Indian journal of veterinary science and animal husbandry - Volume 6,
Year: 1936
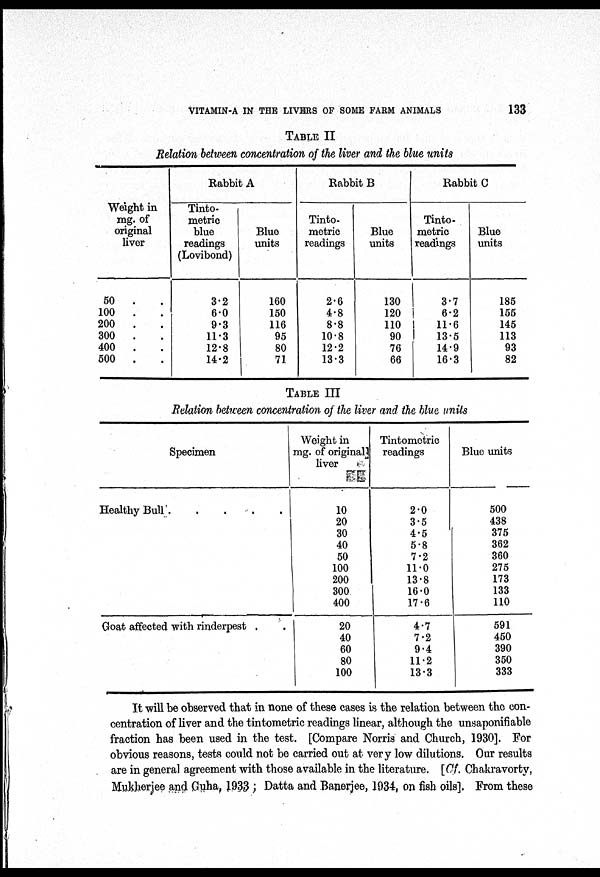
VITAMIN-A IN THE LIVERS OF SOME FARM ANIMALS
133
TABLE II
Relation between concentration of the liver and the blue units
Weight in
mg. of
original
liver
50 . .
100 . .
200 . .
300 . .
400 . .
500 . .
Rabbit A
Tinto-
metric
blue
readings
(Lovibond)
3.2
6.0
9.3
11.3
12.8
14.2
Blue
units
160
150
116
95
80
71
Rabbit B
Tinto¬
metric
readings
2.6
4.8
8.8
10.8
12.2
13.3
Blue
units
130
120
110
90
76
66
Rabbit C
Tinto-
metric
readings
3.7
6.2
11.6
13.5
14.9
16.3
Blue
units
185
155
145
113
93
82
TABLE III
Relation between concentration of the liver and the blue units
Specimen
Healthy Bull
.
.
.
.
.
Goat affected with rinderpest . .
Weight in
mg. of original
liver
10
20
30
40
50
100
200
300
400
20
40
60
80
100
Tintometric
readings
2.0
3.5
4.5
5.8
7.2
11.0
13.8
16.0
17.6
4.7
7.2
9.4
11.2
13.3
Blue units
500
438
375
362
360
275
173
133
110
591
450
390
350
333
It will be observed that in none of these cases is the relation between the con-
centration of liver and the tintometric readings linear, although the unsaponifiable
fraction has been used in the test. [Compare Norris and Church, 1930]. For
obvious reasons, tests could not be carried out at very low dilutions. Our results
are in general agreement with those available in the literature. [Cf. Chakravorty,
Mukherjee and Guha, 1933 ; Datta and Banerjee, 1934, on fish oils]. From these